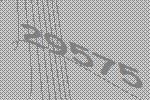
29575